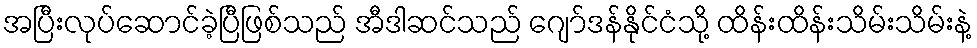
အပြီးလုပ်ဆောင်ခဲ့ပြီဖြစ်သည် အီဒါဆင်သည် ဂျော်ဒန်နိုင်ငံသို့ ထိန်းထိန်းသိမ်းသိမ်းနဲ့